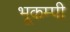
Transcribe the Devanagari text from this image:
भूकम्पी